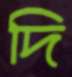
দি